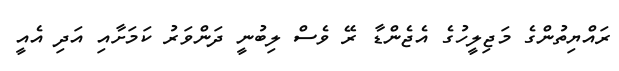
ރައްޔިތުންގެ މަޖިލީހުގެ އެޖެންޑާ ރޭ ވެސް ލިބުނީ ދަންވަރު ކަމަށާއި އަދި އެއީ